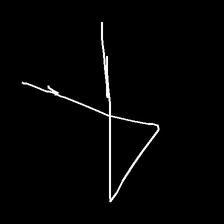
Glyph: collection